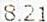
8.21